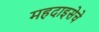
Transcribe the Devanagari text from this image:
महदाइसेचे